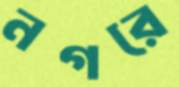
নগরে